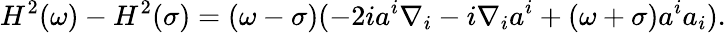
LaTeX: H^{2}(\omega)-H^{2}(\sigma)=(\omega-\sigma)(-2ia^{i}\nabla_{i}-i\nabla_{i}a^{i}+(\omega+\sigma)a^{i}a_{i}).